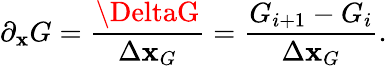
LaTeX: \partial_{\mathbf{x}}G=\frac{{\DeltaG}}{{\Delta\mathbf{x}_{G}}}=\frac{{G_{i+1}-G_{i}}}{{\Delta\mathbf{x}_{G}}}.